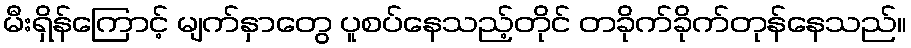
မီးရှိန်ကြောင့် မျက်နှာတွေ ပူစပ်နေသည့်တိုင် တခိုက်ခိုက်တုန်နေသည်။